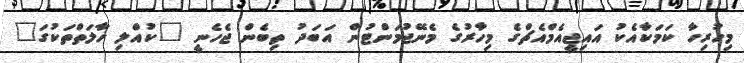
މިހުރިހާ ކަމަކާއެކު އައިޖީއެމްއެޗްގެ މިހާރުގެ މެނޭޖުމަންޓުން އަބަދު ތިބެން ޖެހެނީ "ކުއްލި ހާލަތްތަކުގަ"